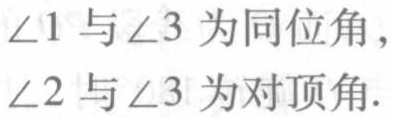
$\angle1$与$\angle3$为同位角，$\angle2$与$\angle3$为对顶角.